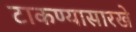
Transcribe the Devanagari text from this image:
टाकण्यासारखे